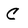
Character: C